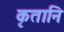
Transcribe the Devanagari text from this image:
कृतानि